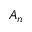
A _ { n }